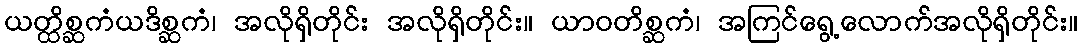
ယတ္ထိစ္ဆကံယဒိစ္ဆကံ၊ အလိုရှိတိုင်း အလိုရှိတိုင်း။ ယာဝတိစ္ဆကံ၊ အကြင်ရွေ့လောက်အလိုရှိတိုင်း။